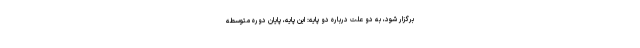
برگزار شود، به دو علت درباره دو پایه: این پایه، پایان دوره متوَسطه